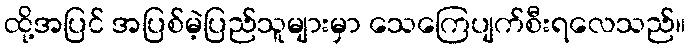
ထို့အပြင် အပြစ်မဲ့ပြည်သူများမှာ သေကြေပျက်စီးရလေသည်။